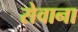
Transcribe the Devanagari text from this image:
सेवाना